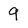
Character: 9